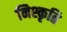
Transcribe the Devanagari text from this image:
निश्कृति